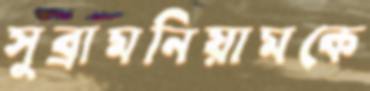
সুব্রামনিয়ামকে